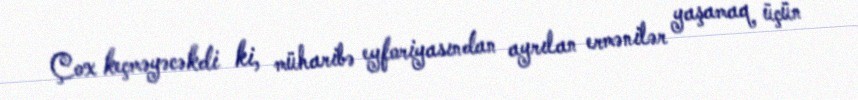
Çox keçməyəcəkdi ki, müharibə eyforiyasından ayrılan ermənilər yaşamaq üçün